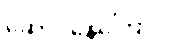
ဆောင်နေကြောင်း